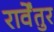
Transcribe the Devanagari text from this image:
रार्वेंतुर